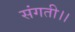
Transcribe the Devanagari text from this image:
संगती।।